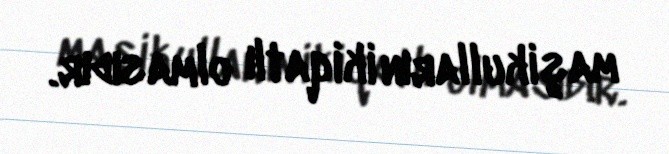
maşikulların ikiqatlı olmasıdır.